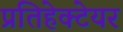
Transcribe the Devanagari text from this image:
प्रतिहेक्टेयर